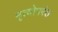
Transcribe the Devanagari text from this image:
मृत्योपरंत